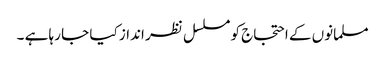
مسلمانوں کے احتجاج کو مسلسل نظر انداز کیا جا رہا ہے ۔